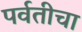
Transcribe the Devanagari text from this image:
पर्वतीचा